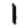
Digit: 1